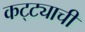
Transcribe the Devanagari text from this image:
कट्ट्याची